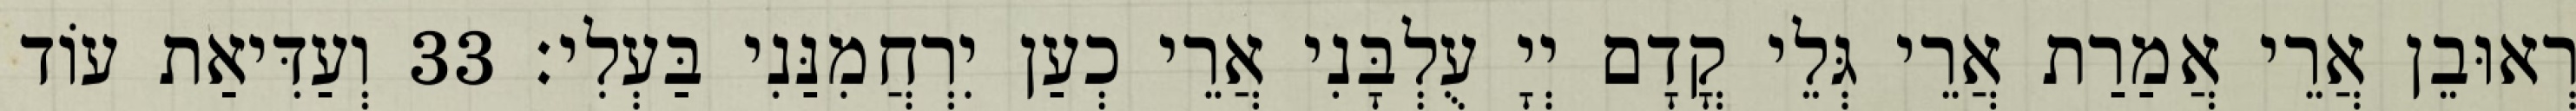
רְאוּבֵן אֲרֵי אֲמַרַת אֲרֵי גְּלֵי קֳדָם יְיָ עֻלְבָּנִי אֲרֵי כְעַן יִרְחֲמִנַּנִי בַּעְלִי׃ 33 וְעַדִּיאַת עוֹד